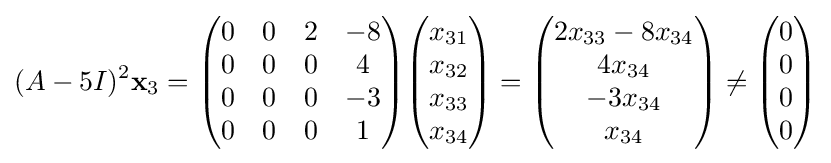
(A-5I)^{2}\mathbf {x} _{3}={\begin{pmatrix}0&0&2&-8\\0&0&0&4\\0&0&0&-3\\0&0&0&1\end{pmatrix}}{\begin{pmatrix}x_{31}\\x_{32}\\x_{33}\\x_{34}\end{pmatrix}}={\begin{pmatrix}2x_{33}-8x_{34}\\4x_{34}\\-3x_{34}\\x_{34}\end{pmatrix}}\neq {\begin{pmatrix}0\\0\\0\\0\end{pmatrix}}